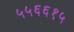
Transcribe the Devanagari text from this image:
५५६६१५